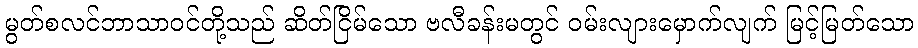
မွတ်စလင်ဘာသာဝင်တို့သည် ဆိတ်ငြိမ်သော ဗလီခန်းမတွင် ဝမ်းလျားမှောက်လျက် မြင့်မြတ်သော